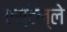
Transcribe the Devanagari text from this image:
एस्टेल्ले